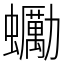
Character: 䘈